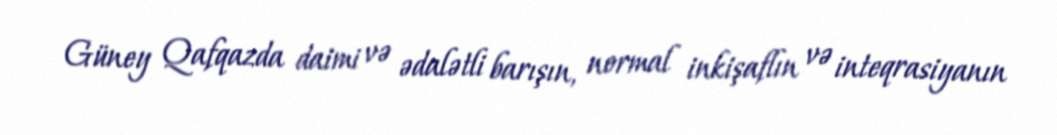
Güney Qafqazda daimi və ədalətli barışın, normal inkişaflın və inteqrasiyanın